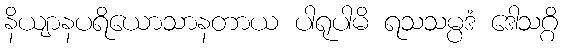
နိယျာနပရိယောသာနတာယ ပါရုပါမိ ရသသမ္ပဒံ ဒေါသဂ္ဂိ